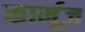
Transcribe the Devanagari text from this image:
कार्मूज़